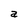
Character: a